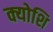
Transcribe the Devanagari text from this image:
क्योशि